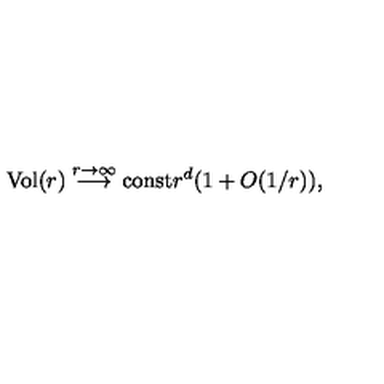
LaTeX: \mathrm { V o l } ( r ) \stackrel { r \rightarrow \infty } { \longrightarrow } \mathrm { c o n s t } r ^ { d } ( 1 + O ( 1 / r ) ) ,